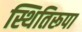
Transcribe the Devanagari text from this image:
स्थितिरूपा